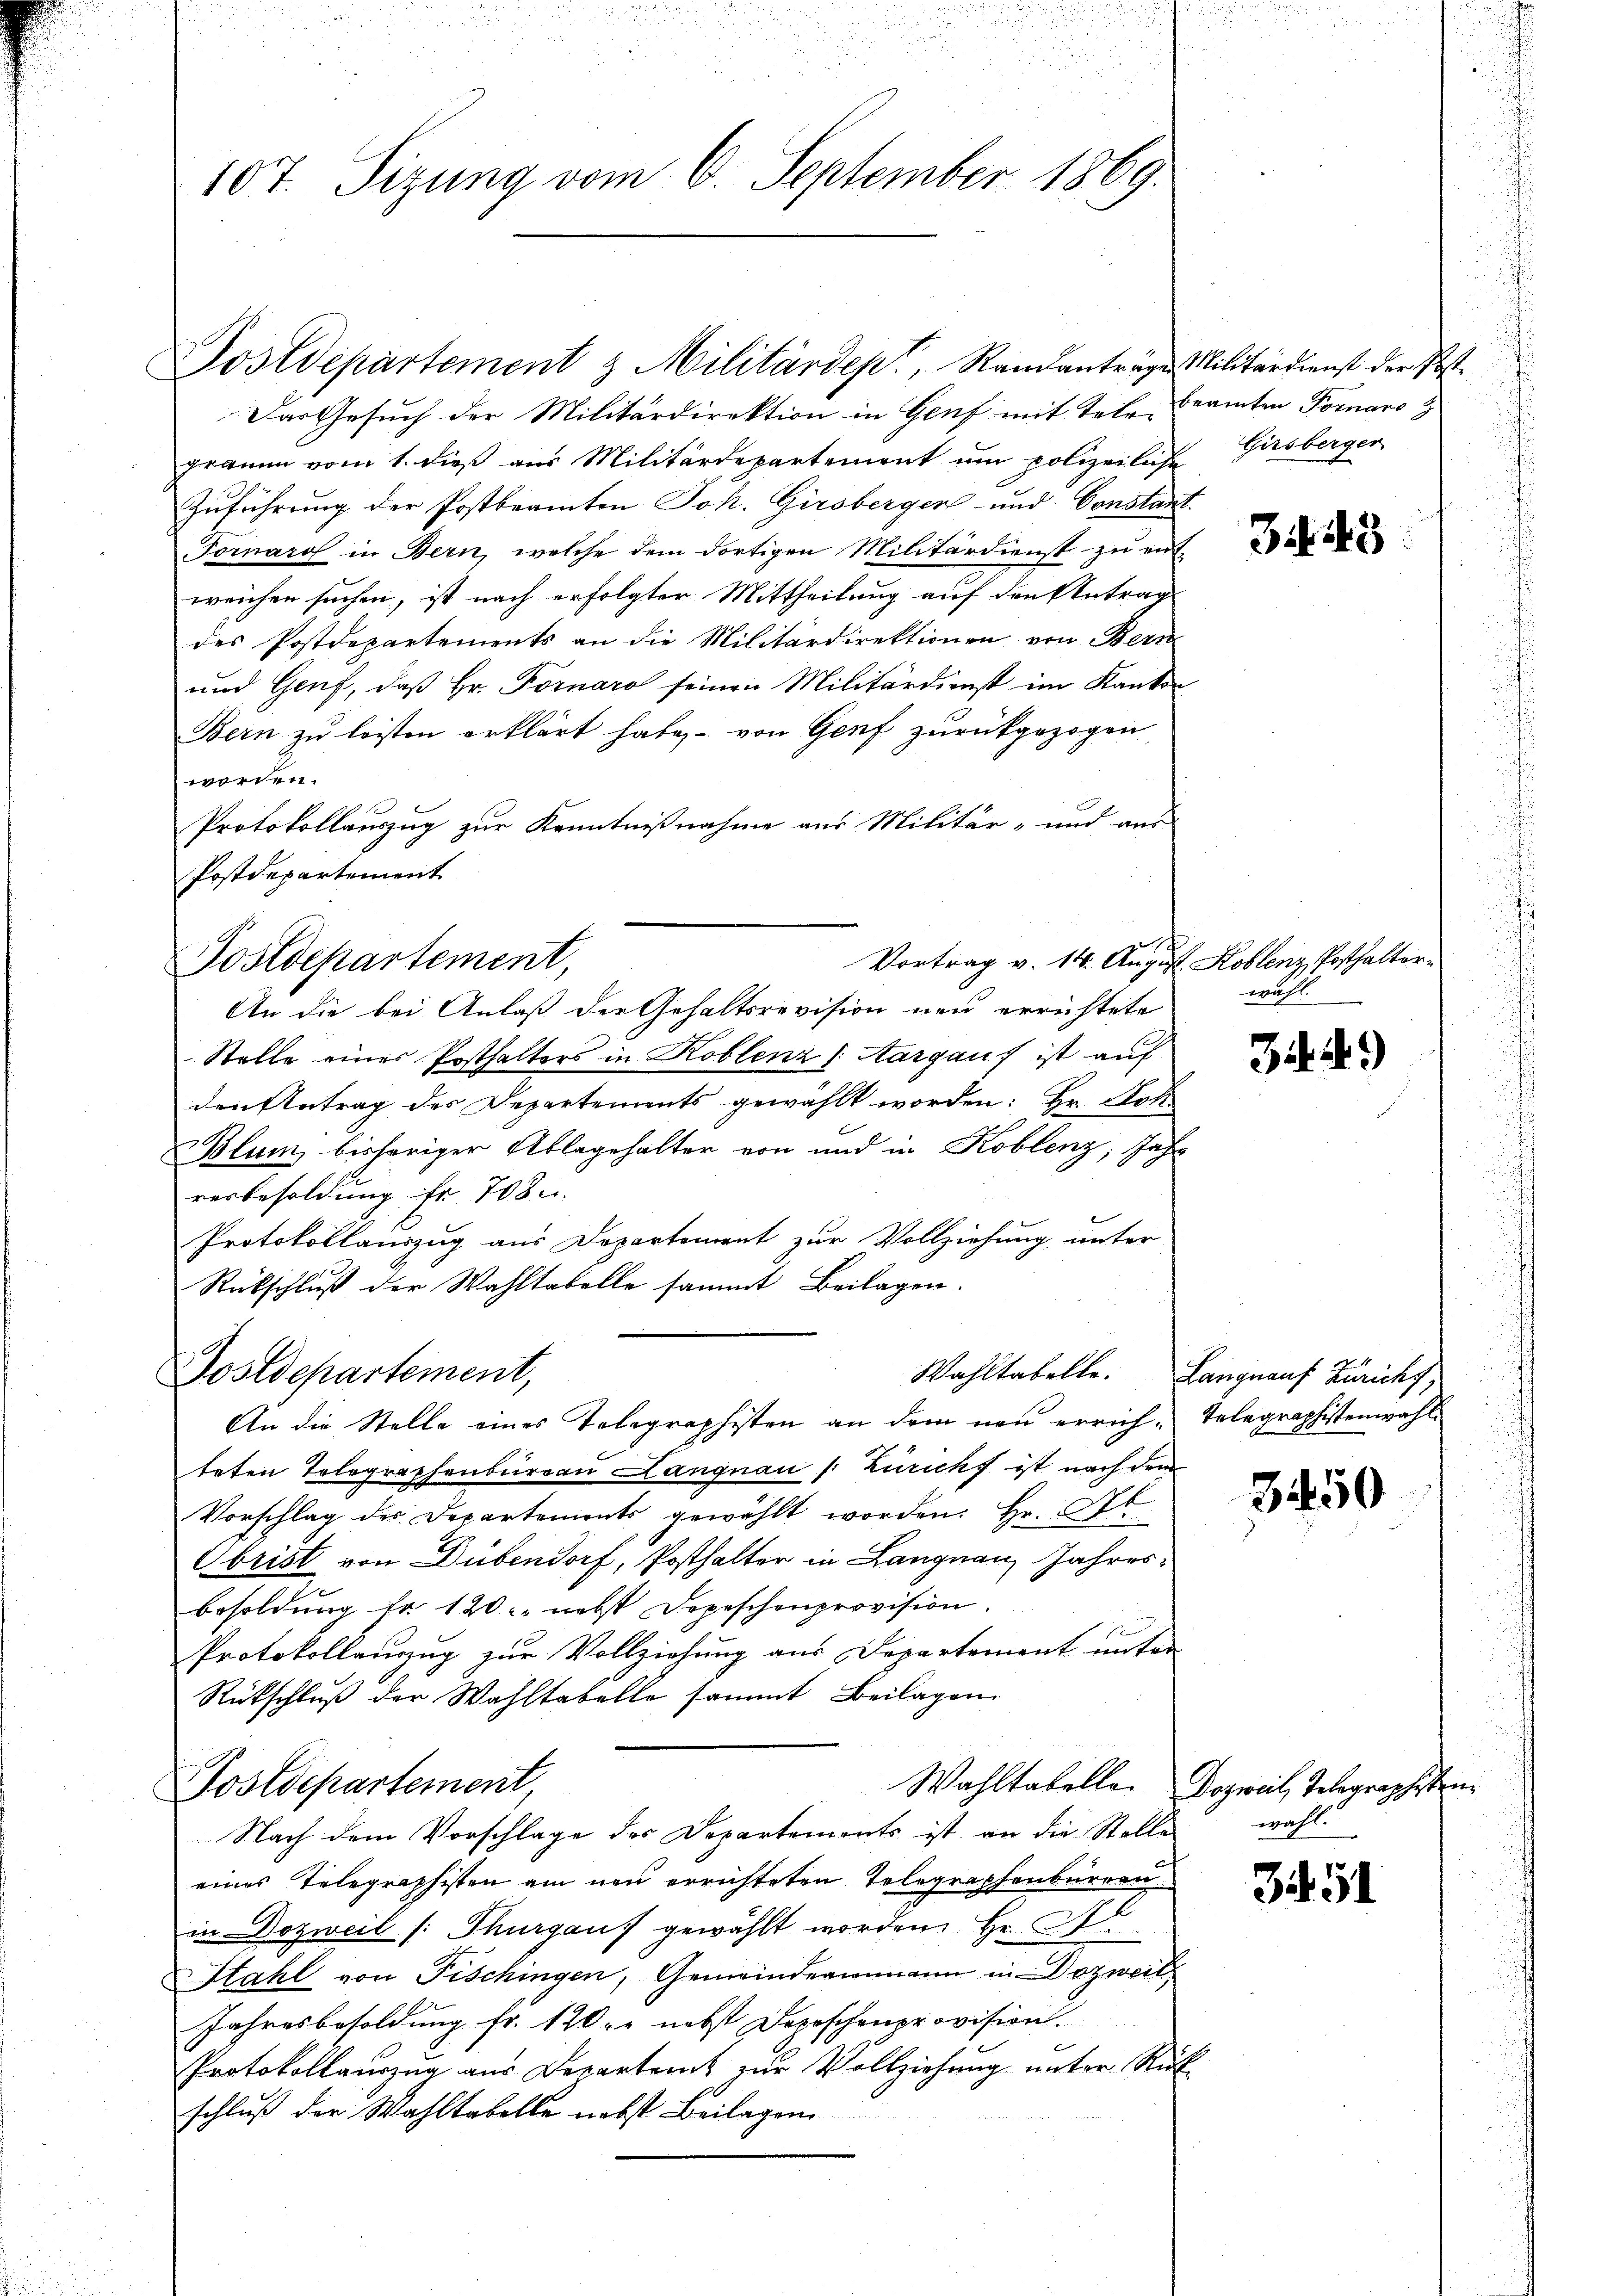
107. Sizung vom 6. September 1869.

Vortrag v. 14. August Koblenz, Posthalter¬
Postdepartement,

Postdepartement,

An die Stelle eines Telegraphisten an dem neu errich-Telegraphistenwahl

Postdepartement z. Militärdep, Randanträgen Militärdienst der Post¬

Das Gesuch der Militärdirektion in Genf mit Tele Beamten Fornaro
gramm vom 1. dieß aus Militärdepartement um polizeiliche Girsberger
Zuführung der Postbeamten Joh. Girsberger- und Constant.
Fornaro in Bern, welche dem dortigen Militärdienst zu ent-
weichen suchen, ist nach erfolgter Mittheilung auf den Antrag
des Postdepartements an die Militärdirektionen von Bern
und Genf, daß Hr. Fornaro seinen Militärdienst im Kanton
Bern zu leisten erklärt habe, von Genf zurückgezogen
worden.
Protokollauszug zur Kenntnißnahme aus Militär- und aus
Postdepartement

An die bei Anlaß der Gehaltsrevision neu errichtete
Stelle eines Posthalters in Koblenz (Aargauf ist auf
den Antrag des Departements gewählt worden: Hr. Hoh
Blum, bisheriger Ablagehalter von und in Koblenz, Jahr
resbesoldung fr. 708.
Protokollauszug aus Departement zur Vollziehung unter
Rückschluß der Wahltabelle sammt Beilagen.
teten Telegraphenbureau Langnau (: Züricht ist nach dem
Vorschlag des Departemonts gewählt worden. Hr. Ob
Obrist von Dübendorf, Posthalter in Langnau, Jahresbesoldung fr. 120 nebst Depeschenprovision.
Protokollauzug zur Vollziehung aus Departement unter
Rückschluß der Wahltabelle sammt Beilagen
Wahltabelle. Dogweil, Telegraphisten
Postdepartement,
Nach dem Vorschlage des Departements ist an die Stelle
eines Telegraphisten am neu errichteten Telegraphenburgen
in Dozweil (: Thurgaus gewählt worden Hr. A
Stahl von Fischingen, Gemeindeammann in Dozweit
Jahresbesoldung fr. 120. nebst Depeschenprovision.
Protokollauszug aus Departamt zur Vollziehung unter Rück
schluß der Wahltabelle nebst Beilagen

3448

wruht.

3449

Wahltabelle. Langnauf Züricht,

3450

wahl.

Zif. 51